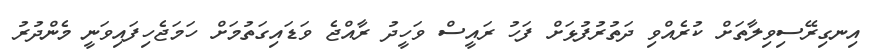
އިނގިރޭސިވިލާތަށް ކުރެއްވި ދަތުރުފުޅަށް ފަހު ރައީސް ވަހީދު ރާއްޖެ ވަޑައިގަތުމަށް ހަމަޖެހިފައިވަނީ މެންދުރު